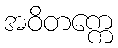
အဝိတက္ကေ